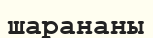
шарананы